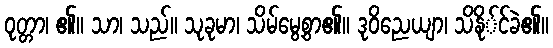
ဝုတ္တာ၊ ၏။ သာ၊ သည်။ သုခုမာ၊ သိမ်မွေ့စွာ၏။ ဒုဝိညေယျာ၊ သိနို်င်ခဲ၏။